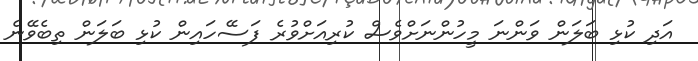
އަދި ކުޅި ބަލަން ވަންނަ މީހުންނަށްވެސް ކުރިއަށްވުރެ ފަސޭހައިން ކުޅި ބަލަން ތިބެވޭނެ